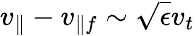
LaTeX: v_{\parallel}-v_{\parallel f}\sim\sqrt{\epsilon}v_{t}